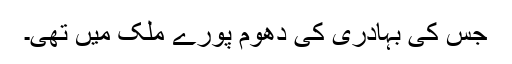
جس کی بہادری کی دھوم پورے ملک میں تھی۔